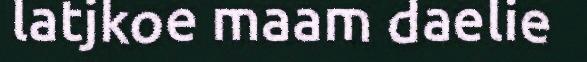
latjkoe maam daelie